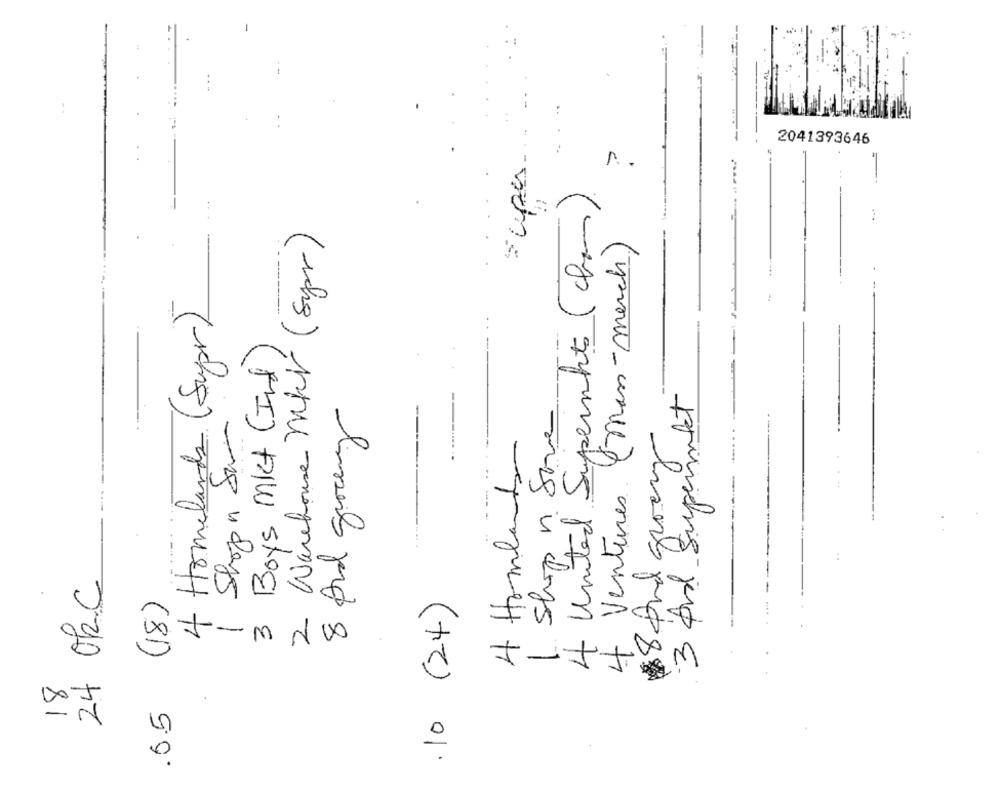
super ...
2041393646
r ..
4 United Supermoto (dha)
2 Warehouse Mkr ( Sur)
4 Ventures (mass-merch)
4 Homelands (Super)
3 Boys mit (Ind)
fet
8 And grocery
1. Shop in Some
3 And Superme
1 Shopa Sam
4 Homland
24 Ok.C
(18)
.10 (24)
18
.6.5